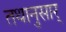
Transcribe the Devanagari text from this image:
तथानुसार्